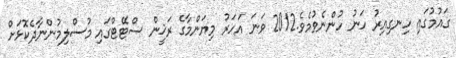
ގައުމުގައި ހިނގިއިރު ހަނު ހުންނެވުމެވެ.2012 ވަނަ އަހަރު މިޔަންމާގެ ރަޚީން ސްޓޭޓްގައި މުސްލިމުންނާދެކޮޅަށް